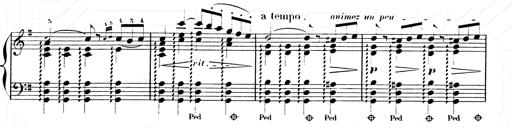
Title: Les SabÃ©ennes
Composer: Franz Liszt